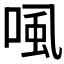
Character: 𰇽